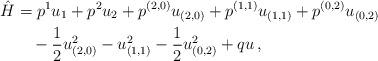
LaTeX: \begin{align*}\hat{H} &= p^1u_1 + p^2u_2 + p^{(2,0)}u_{(2,0)} + p^{(1,1)}u_{(1,1)} + p^{(0,2)}u_{(0,2)} \\&\quad{} - \frac{1}{2}u_{(2,0)}^2 - u_{(1,1)}^2 - \frac{1}{2}u_{(0,2)}^2 + qu \, ,\end{align*}